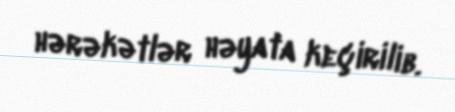
hərəkətlər həyata keçirilib.